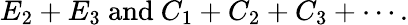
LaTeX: E_{2}+E_{3}{\mathrm{~and~}}C_{1}+C_{2}+C_{3}+\cdots.